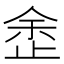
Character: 𣥳